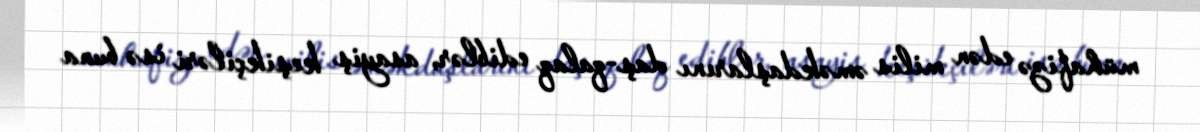
mühafizə edən milis əməkdaşlarını daş-qalaq ediblər, asayiş keşikçiləri isə buna